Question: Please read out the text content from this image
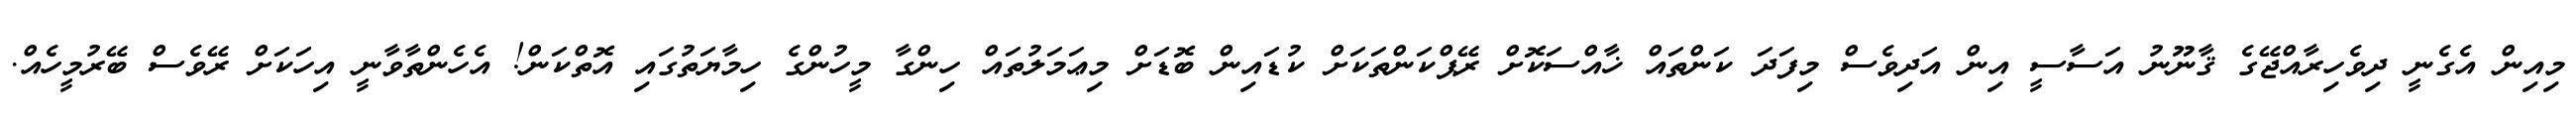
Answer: މިއިން އެގެނީ ދިވެހިރާއްޖޭގެ ޤާނޫނު އަސާސީ އިން އަދިވެސް މިފަދަ ކަންތައް ޚާއްސަކޮށް ރޭޕްކަންތަކަށް ކުޑައިން ބޮޑަށް މިޢަމަލުތައް ހިންގާ މީހުންގެ ހިމާޔަތުގައި އޮތްކަން! އެހެންތާވާނީ އިހަކަށް ރޭވެސް ބޭރުމީހެއް.